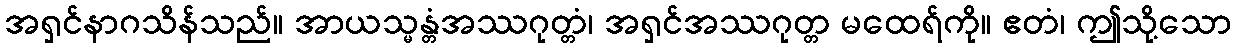
အရှင်နာဂသိန်သည်။ အာယသ္မန္တံအဿဂုတ္တံ၊ အရှင်အဿဂုတ္တ မထေရ်ကို။ ဧတံ၊ ဤသို့သော